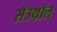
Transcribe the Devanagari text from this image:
सॅउथ़ॉल्